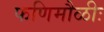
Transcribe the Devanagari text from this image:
फणिमौळीः